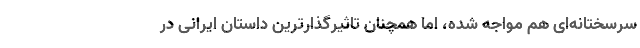
سرسختانه‌ای هم مواجه شده، اما همچنان تاثیرگذارترین داستان ایرانی در